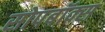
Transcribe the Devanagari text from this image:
सोपबॉक्स